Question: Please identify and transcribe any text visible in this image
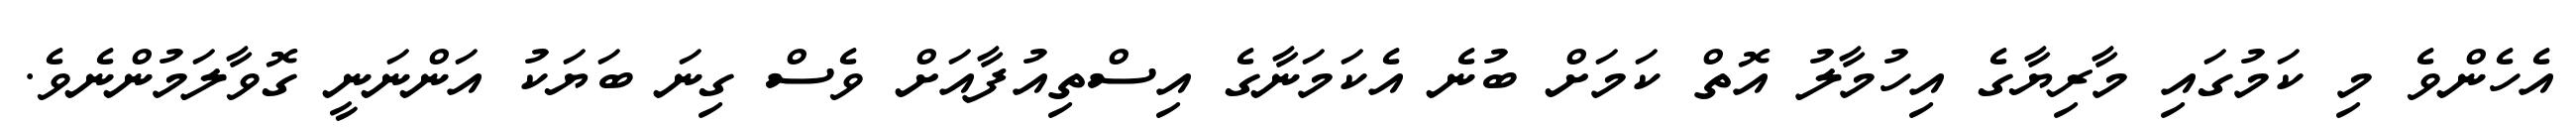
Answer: އެހެންވެ މި ކަމުގައި މާރިޔާގެ އިހުމާލު އޮތް ކަމަށް ބުނެ އެކަމަނާގެ އިސްތިއުފާއަށް ވެސް ގިނަ ބަޔަކު އަންނަނީ ގޮވާލަމުންނެވެ.